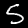
Label: 5